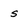
Character: s